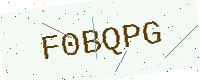
Text: F0BQPG